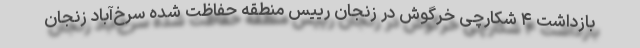
بازداشت ۴ شکارچی خرگوش در زنجان رییس منطقه حفاظت شده سرخ‌آباد زنجان